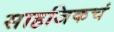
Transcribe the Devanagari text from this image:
साहजिकचं